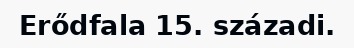
Erődfala 15. századi.